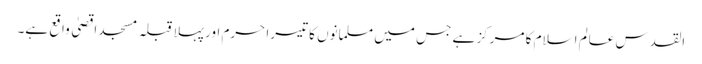
القدس عالم اسلام کا مرکز ہے جس میں مسلمانوں کا تیسرا حرم اور پہلا قبلہ مسجد اقصیٰ واقع ہے۔